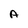
Character: A